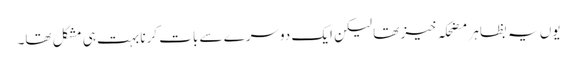
یوں یہ بظاہر مضحکہ خیز تھا لیکن ایک دوسرے سے بات کرنا بہت ہی مشکل تھا۔